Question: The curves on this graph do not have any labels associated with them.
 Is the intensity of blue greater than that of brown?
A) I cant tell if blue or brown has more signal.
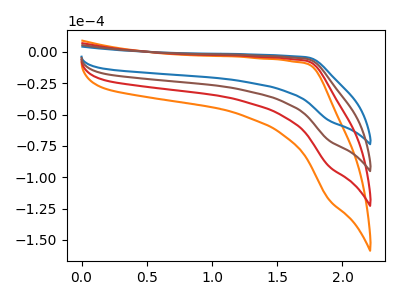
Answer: <think>The orange curve "orange" has no peaks. The blue curve "blue" has no peaks. The red curve "red" has no peaks. The brown curve "brown" has no peaks.
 Neither "blue" or "brown" have any peaks.</think>
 <answer>A) I cant tell if "blue" or "brown" has more signal.</answer>
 <eval>A</eval>